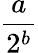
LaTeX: \frac{a}{2^{b}}